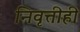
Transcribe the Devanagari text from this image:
निवृत्तीही